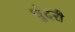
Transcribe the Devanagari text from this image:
चुंदरी